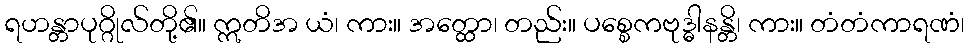
ရဟန္တာပုဂ္ဂိုလ်တို့၏။ ဣတိအ ယံ၊ ကား။ အတ္ထော၊ တည်း။ ပစ္စေကဗုဒ္ဓါနန္တိ၊ ကား။ တံတံကာရဏံ၊